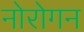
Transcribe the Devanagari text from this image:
नोरोगन